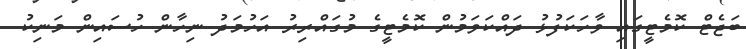
ބަޖެޓް ކޮމެޓީގައި ވާހަކަފުޅު ދައްކަވަމުން ކޮމެޓީގެ މުގައްރިރު އަހުމަދު ނިހާން ހުސައިން މަނިކު